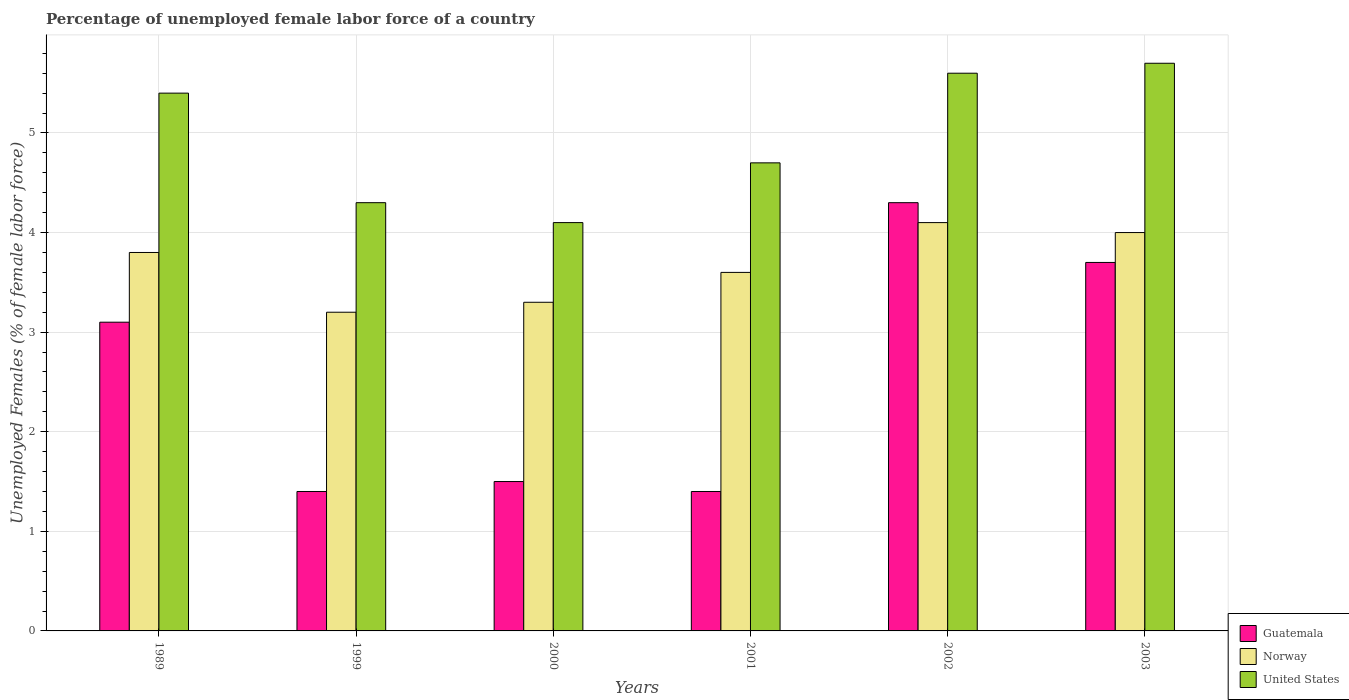
| Years | Guatemala | Norway | United States |
 | --- | --- | --- | --- |
 | 1989 | 3.1 | 3.8 | 5.4 |
 | 1999 | 1.4 | 3.2 | 4.3 |
 | 2000 | 1.5 | 3.3 | 4.1 |
 | 2001 | 1.4 | 3.6 | 4.7 |
 | 2002 | 4.3 | 4.1 | 5.6 |
 | 2003 | 3.7 | 4 | 5.7 |